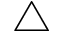
\triangle